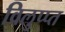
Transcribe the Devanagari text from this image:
विलुप्प्त